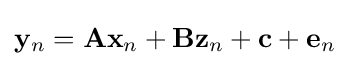
\mathbf {y} _{n}=\mathbf {A} \mathbf {x} _{n}+\mathbf {B} \mathbf {z} _{n}+\mathbf {c} +\mathbf {e} _{n}